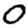
Digit: 0